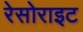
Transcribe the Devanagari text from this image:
रेसोराइट